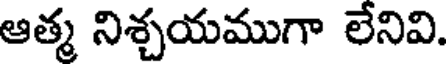
ఆత్మ నిశ్చయముగా లేనివి.